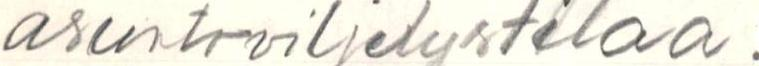
asuntoviljelystilaa.